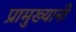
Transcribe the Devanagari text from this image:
प्रामुख्यानी